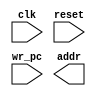
`timescale 1ns / 1ps
//////////////////////////////////////////////////////////////////////////////////
// Company: 
// Engineer: 
// 
// Design Name: 
// Module Name:    pc 
// Project Name: 
// Target Devices: 
// Tool versions: 
// Description: 
//
// Dependencies: 
//
// Revision: 
// Revision 0.01 - File Created
// Additional Comments: 
//
//////////////////////////////////////////////////////////////////////////////////
module pc(
				input clk,
				input reset,
				input wr_pc,
				output [10:0] addr
				);


endmodule